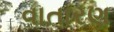
વાતારણ